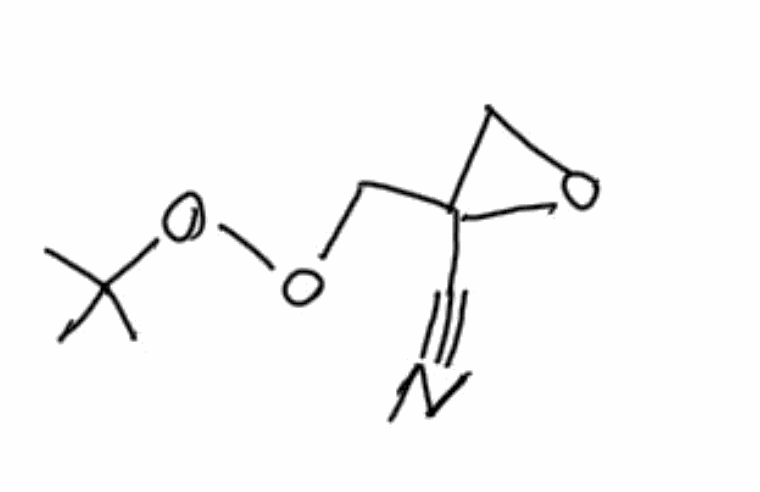
Simplified molecular-input line-entry system (SMILES) notation of the given molecule:
CC(C)(C)OOCC1(CO1)C#N